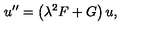
u ^ { \prime \prime } = \left( \lambda ^ { 2 } F + G \right) u ,